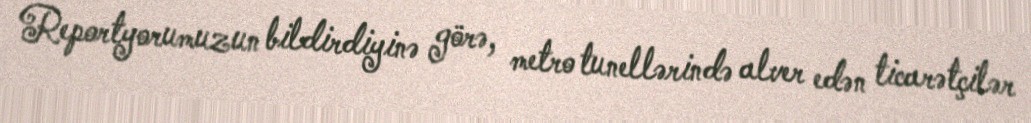
Reportyorumuzun bildirdiyinə görə, metro tunellərində alver edən ticarətçilər